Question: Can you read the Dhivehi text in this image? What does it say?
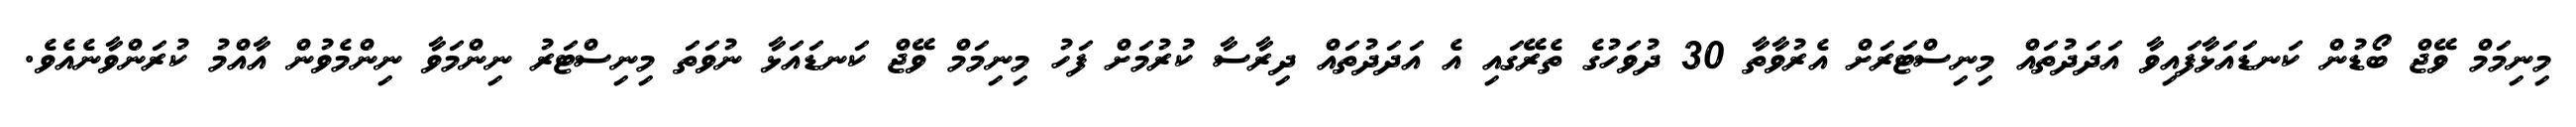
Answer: މިނިމަމް ވޭޖް ބޯޑުން ކަނޑައަޅާފައިވާ އަދަދުތައް މިނިސްޓަރަށް އެރުވާތާ 30 ދުވަހުގެ ތެރޭގައި އެ އަދަދުތައް ދިރާސާ ކުރުމަށް ފަހު މިނިމަމް ވޭޖް ކަނޑައަޅާ ނުވަތަ މިނިސްޓަރު ނިންމަވާ ނިންމެވުން އާއްމު ކުރަންވާނެއެވެ.